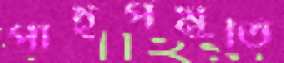
পাইপমুতি